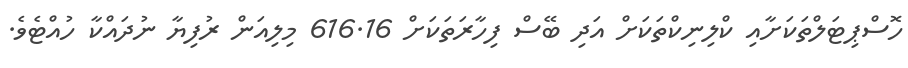
ހޮސްޕިޓަލްތަކަށާއި ކްލިނިކްތަކަށް އަދި ބޭސް ފިހާރަތަކަށް 616.16 މިލިއަން ރުފިޔާ ނުދައްކާ ހުއްޓެވެ.